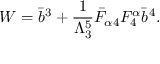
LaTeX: W = \bar { b } ^ { 3 } + \frac { 1 } { \Lambda _ { 3 } ^ { 5 } } \bar { F } _ { \alpha 4 } F _ { 4 } ^ { \alpha } \bar { b } ^ { 4 } .